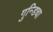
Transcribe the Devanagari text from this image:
गुन्डिचा